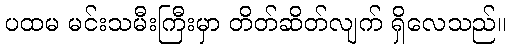
ပထမ မင်းသမီးကြီးမှာ တိတ်ဆိတ်လျက် ရှိလေသည်။